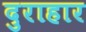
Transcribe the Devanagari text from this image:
दुराहार